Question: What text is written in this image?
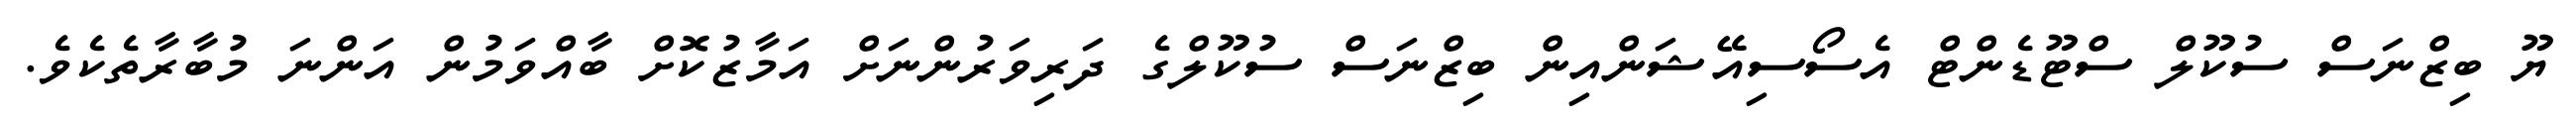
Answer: ޔޫ ބިޒްނަސް ސުކޫލް ސްޓޫޑެންޓް އެސޯސިއޭޝަންއިން ބިޒްނަސް ސުކޫލްގެ ދަރިވަރުންނަށް އަމާޒުކޮށް ބާއްވަމުން އަންނަ މުބާރާތެކެވެ.